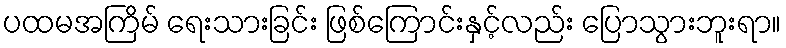
ပထမအကြိမ် ရေးသားခြင်း ဖြစ်ကြောင်းနှင့်လည်း ပြောသွားဘူးရာ။